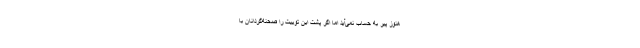
هنوز پیر به حساب نمی‌آید اما اگر پشت این توییت را صحنه‌گردانان با